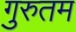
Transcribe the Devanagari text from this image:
गुरुतम